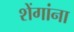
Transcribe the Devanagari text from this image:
शेंगांना